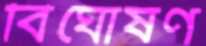
বিঘোষণ